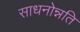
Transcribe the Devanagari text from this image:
साधनोन्नति